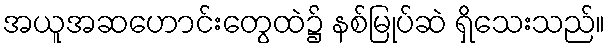
အယူအဆဟောင်းတွေထဲ၌ နစ်မြုပ်ဆဲ ရှိသေးသည်။